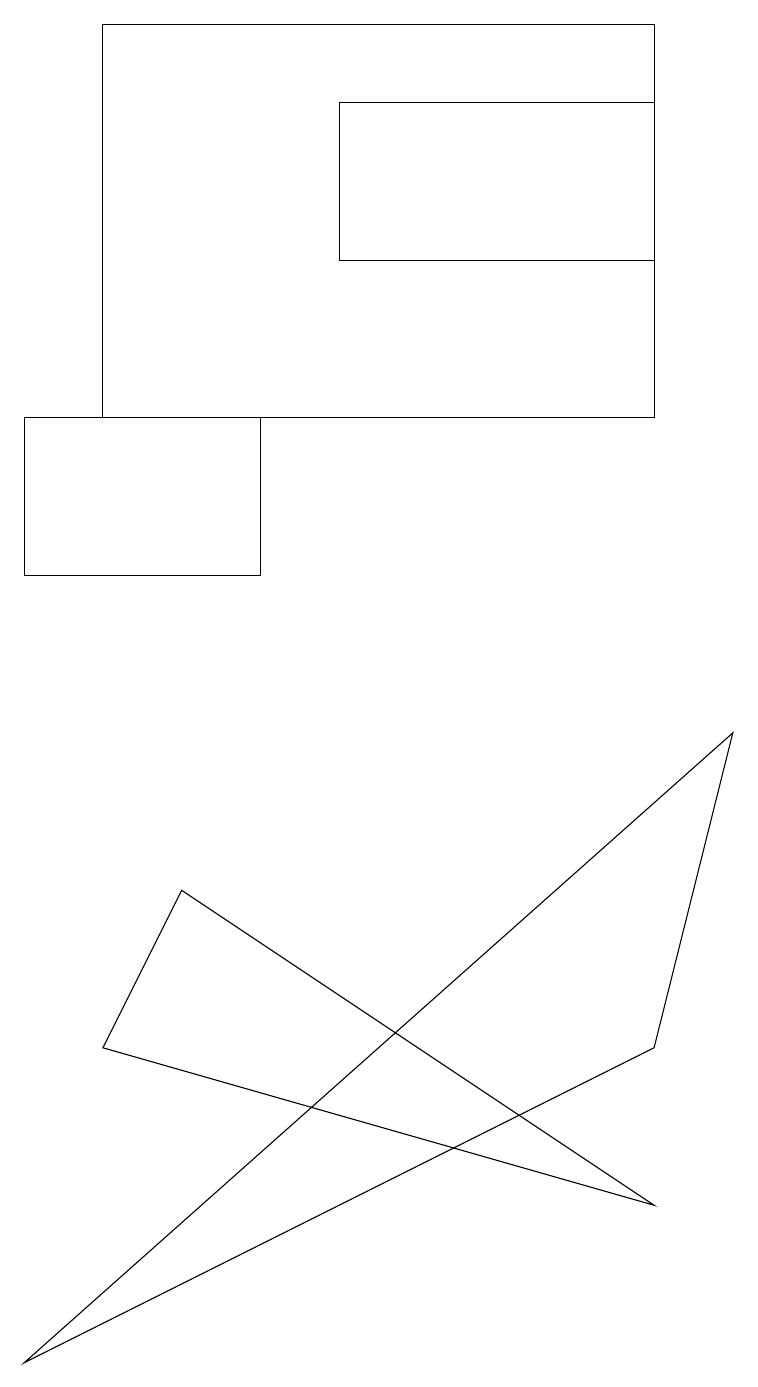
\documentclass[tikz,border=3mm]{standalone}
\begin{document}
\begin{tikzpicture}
\draw (8,17) rectangle (4,15);
\draw (0,1) -- (8,5) -- (9,9) -- cycle;
\draw (1,13) rectangle (8,18);
\draw (8,3) -- (2,7) -- (1,5) -- cycle;
\draw (0,13) rectangle (3,11);
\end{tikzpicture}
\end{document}